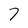
Character: 7